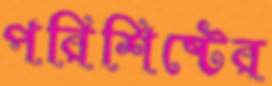
পরিশিষ্টের